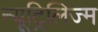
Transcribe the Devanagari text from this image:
न्यूट्रिलिज्म